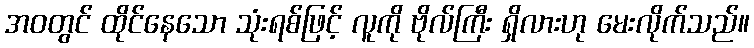
အဝတွင် ထိုင်နေသော သုံးရစ်ဖြင့် လူကို ဗိုလ်ကြီး ရှိလားဟု မေးလိုက်သည်။